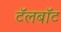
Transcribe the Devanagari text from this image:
टॅलबॉट